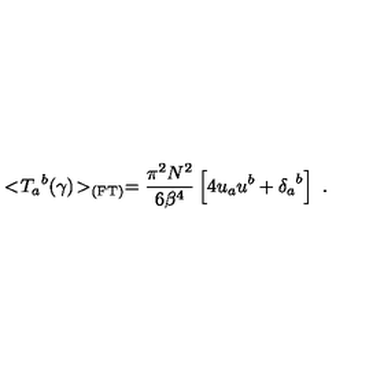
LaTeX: < \! { { T } _ { a } } ^ { b } ( \gamma ) \! > _ { \mathrm { ( F T ) } } = { \frac { \pi ^ { 2 } N ^ { 2 } } { 6 { { \beta } } ^ { 4 } } } \left[ 4 u _ { a } u ^ { b } + { { \delta } _ { a } } ^ { b } \right] \ .